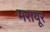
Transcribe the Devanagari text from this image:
मरायूर